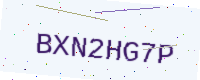
Text: BXN2HG7P